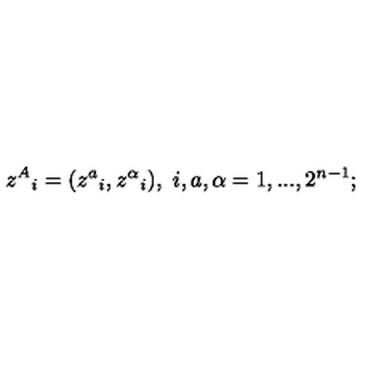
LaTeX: z ^ { A } { } _ { i } = ( z ^ { a } { } _ { i } , z ^ { \alpha } { } _ { i } ) , \ i , a , \alpha = 1 , . . . , 2 ^ { n - 1 } ;